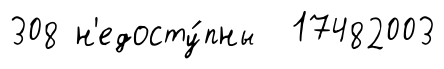
308 н'едосту́пны 17482003